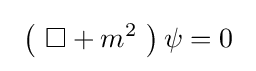
\ \left(\ \Box +m^{2}\ \right)\psi =0\